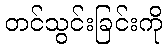
တင်သွင်းခြင်းကို